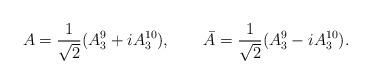
LaTeX: \begin{align*}A= {1\over \sqrt 2} (A_3^9 + iA_3^{10}), \qquad \bar A = {1\over \sqrt 2}(A_3^9 - i A_3^{10}) .\end{align*}